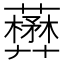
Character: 𧃺